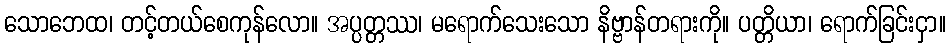
သောဘေထ၊ တင့်တယ်စေကုန်လော။ အပ္ပတ္တဿ၊ မရောက်သေးသော နိဗ္ဗာန်တရားကို။ ပတ္တိယာ၊ ရောက်ခြင်းငှာ။